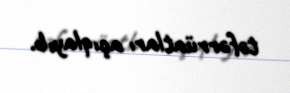
təfərrüatları açıqlayıb.